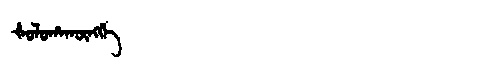
Manchu: ᡧᠣᠯᠣᡥᠠᡴᡡᠩᡤᡝ
Romanization: ŠOLOHAKŪNGGE